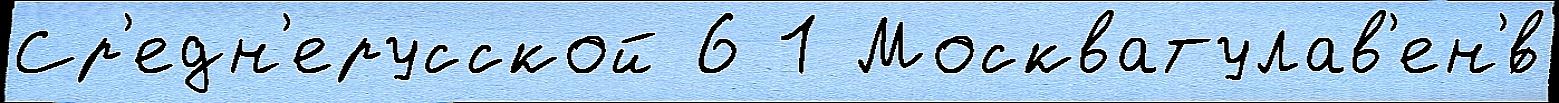
Ср'едн'ерусской 6 1 Москватулав'ен'́в